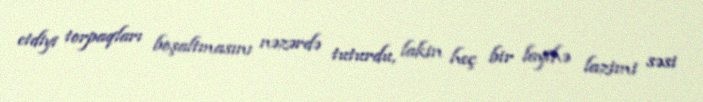
etdiyi torpaqları boşaltmasını nəzərdə tuturdu, lakin heç bir layihə lazimi səsi